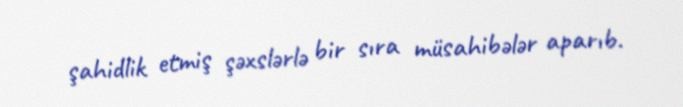
şahidlik etmiş şəxslərlə bir sıra müsahibələr aparıb.